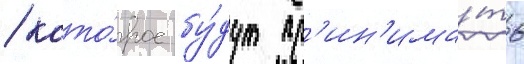
/ кото́рое бу́дут пр'ин'има́ть